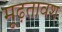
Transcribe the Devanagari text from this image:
मूढ़तावश